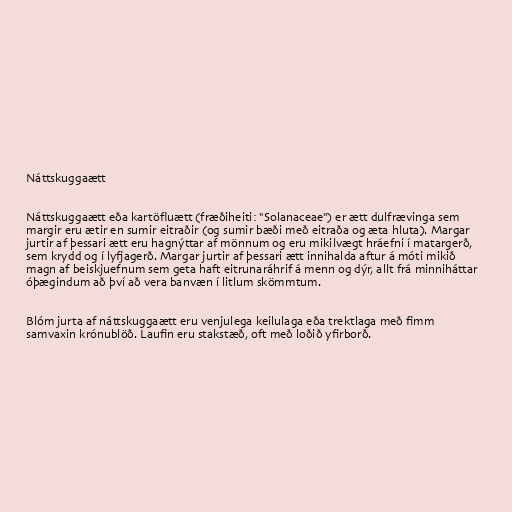
Náttskuggaætt

Náttskuggaætt eða kartöfluætt (fræðiheiti: "Solanaceae") er ætt dulfrævinga sem
margir eru ætir en sumir eitraðir (og sumir bæði með eitraða og æta hluta). Margar
jurtir af þessari ætt eru hagnýttar af mönnum og eru mikilvægt hráefni í matargerð,
sem krydd og í lyfjagerð. Margar jurtir af þessari ætt innihalda aftur á móti mikið
magn af beiskjuefnum sem geta haft eitrunaráhrif á menn og dýr, allt frá minniháttar
óþægindum að því að vera banvæn í litlum skömmtum.

Blóm jurta af náttskuggaætt eru venjulega keilulaga eða trektlaga með fimm
samvaxin krónublöð. Laufin eru stakstæð, oft með loðið yfirborð.